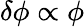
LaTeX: \delta\phi\propto\phi